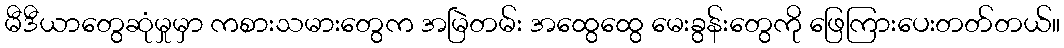
မီဒီယာတွေဆုံမှုမှာ ကစားသမားတွေက အမြဲတမ်း အထွေထွေ မေးခွန်းတွေကို ဖြေကြားပေးတတ်တယ်။